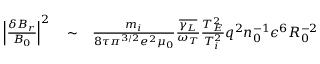
\begin{array} { r l r } { \left\lvert \frac { \delta B _ { r } } { B _ { 0 } } \right\rvert ^ { 2 } } & { { } \sim } & { \frac { m _ { i } } { 8 \tau \pi ^ { 3 / 2 } e ^ { 2 } \mu _ { 0 } } \frac { \overline { { \gamma _ { L } } } } { \omega _ { T } } \frac { T _ { E } ^ { 2 } } { T _ { i } ^ { 2 } } q ^ { 2 } n _ { 0 } ^ { - 1 } \epsilon ^ { 6 } R _ { 0 } ^ { - 2 } } \end{array}